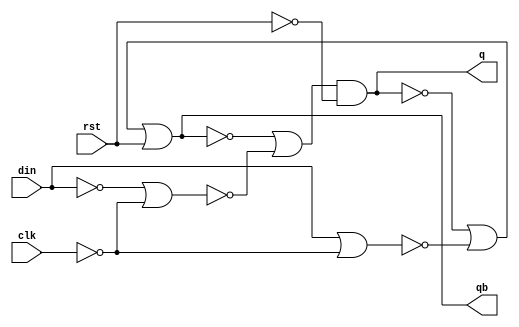
module Dlatch(
		input   rst ,
		input   clk ,
		input   din ,
		output  q,
		output  qb
    );/*
	 reg qout, qbout;
	 always@(rst or clk or din) begin 
		if (rst == 1'b1) begin
			qout = 1'b0;
			qbout = ~q;
		end 
		else if (clk == 1'b1) begin
			qout = din;
			qbout = ~din;
		end 
	 end
	 assign q = qout;
	 assign qb = qbout;
	 */
	 wire q, qb, sb, rb;
	 assign sb = ~din | ~clk;
	 assign rb = din | ~clk;
	 assign q = (~qb | ~sb) & ~rst ;
	 assign qb = ~q | ~rb | rst;

endmodule